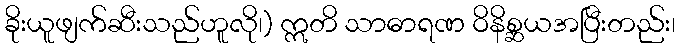
ခိုးယူဖျက်ဆီးသည်ဟူလို၊) ဣတိ သာဓာရဏ ဝိနိစ္ဆယအပြီးတည်း၊